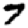
Digit: 7